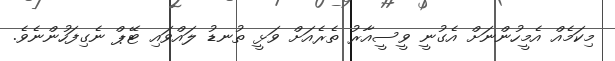
މިކަމެއް އެމީހުންނަށް އެގުނީ ވީސީއާރު ތެރެއަށް ވަޅީ ތުނޑު ލައްވައި ޓޭޕް ނެގިފަހުންނެވެ.